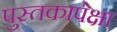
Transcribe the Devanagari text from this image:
पुस्तकापेक्षा